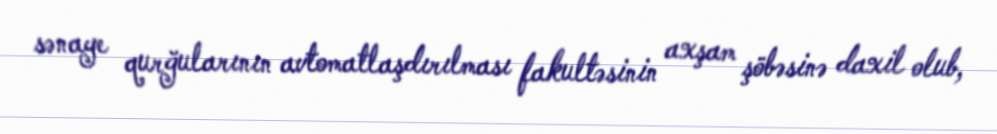
sənaye qurğularının avtomatlaşdırılması fakultəsinin axşam şöbəsinə daxil olub,